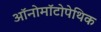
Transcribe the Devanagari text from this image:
ऑनोमॉटोपेथिक